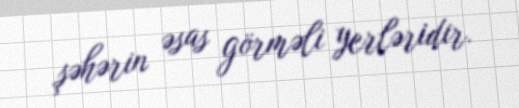
şəhərin əsas görməli yerləridir.